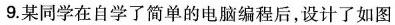
9.某同学在自学了简单的电脑编程后，设计了如图